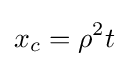
x_{c}=\rho ^{2}t